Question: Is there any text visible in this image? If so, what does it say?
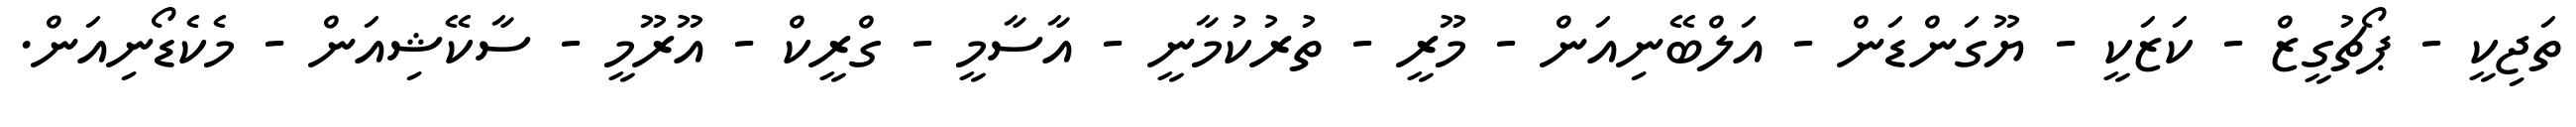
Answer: ތަޖިކީ - ޕޯޗުގީޒް - ކަޒަކީ - ޔޫގަންޑަން - އަލްބޭނިއަން - މޫރީ - ތުރުކުމާނީ - އާސާމީ - ގްރީކް - އޫރޫމީ - ސާކޭޝިއަން - މެކެޑޯނިއަން.